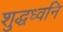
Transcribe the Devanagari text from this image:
शुद्धध्वनि